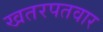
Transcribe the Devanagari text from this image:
खतरपतवार